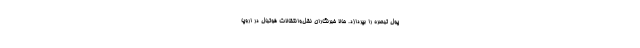
پول تبصره را بپردازد. حالا خبرنگاران نقل‌وانتقالات فوتبال در اروپا